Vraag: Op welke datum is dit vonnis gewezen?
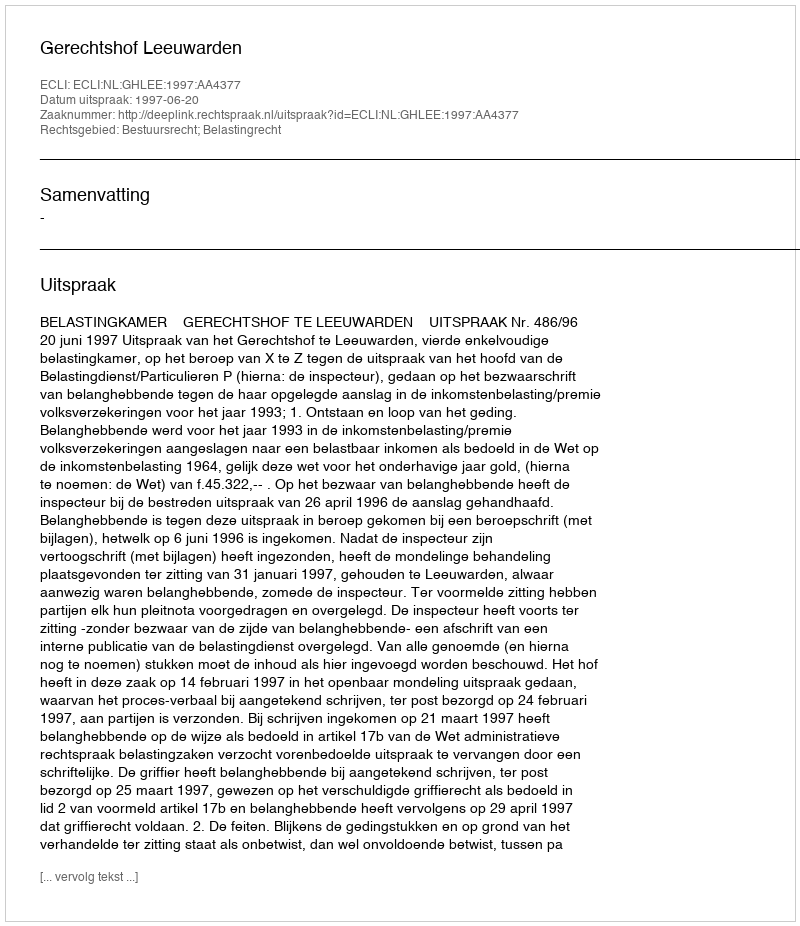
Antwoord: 1997-06-20